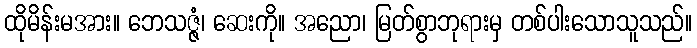
ထိုမိန်းမအား။ ဘေသဇ္ဇံ၊ ဆေးကို။ အညော၊ မြတ်စွာဘုရားမှ တစ်ပါးသောသူသည်။